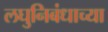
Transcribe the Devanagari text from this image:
लघुनिबंधाच्या